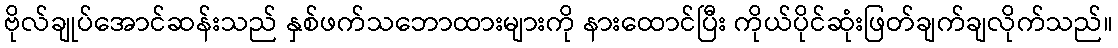
ဗိုလ်ချုပ်အောင်ဆန်းသည် နှစ်ဖက်သဘောထားများကို နားထောင်ပြီး ကိုယ်ပိုင်ဆုံးဖြတ်ချက်ချလိုက်သည်။